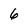
Character: 6